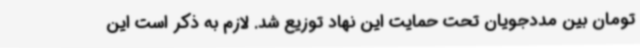
تومان بین مددجویان تحت حمایت این نهاد توزیع ‌شد. لازم به ذکر است این